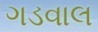
ગડવાલ